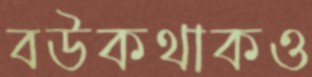
বউকথাকও